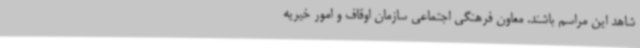
شاهد این مراسم باشند. معاون فرهنگی اجتماعی سازمان اوقاف و امور خیریه